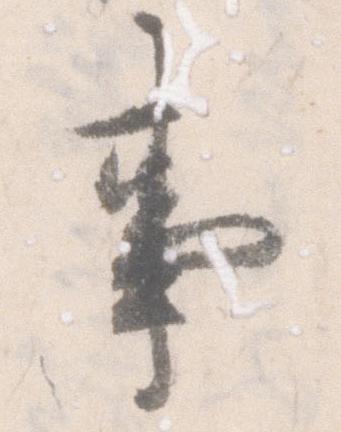
事